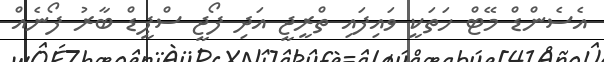
އެސެންޑް މޭޓް ހަތަކީ ވައިފައި ތްރީޖީ އަދި ފޯޖީ ސްޕީޑް ބާރު ފޯނެއް